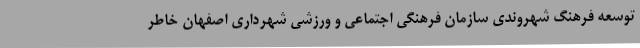
توسعه فرهنگ شهروندی سازمان فرهنگی اجتماعی و ورزشی شهرداری اصفهان خاطر